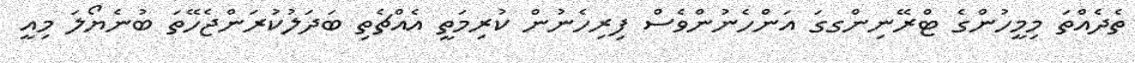
ތެދެއްތަ މިމީހުންގެ ޓްރޭނިންގގަ އަންހެނުންވެސް ފިރިހެނުން ކުރިމަތީ އެއްޗެތި ބަދަލުކުރަންޖެހޭތަ ބުނެޔޯލަ މިއީ